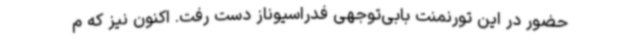
حضور در این تورنمنت بابی‌توجهی فدراسیوناز دست رفت. اکنون نیز که م